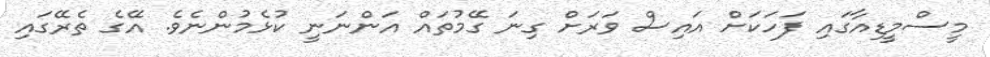
މީސްމީޑިއާގައި ފަހަކަށް އައިސް ވަރަށް ގިނަ ގޭމުތައް އަންނަނީ ކުޅެމުންނެވެ. އޭގެ ތެރޭގައި